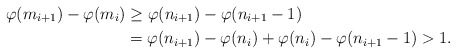
\begin{align*}\varphi(m_{i+1}) - \varphi(m_{i}) &\ge \varphi(n_{i+1}) - \varphi(n_{i+1}-1) \\&= \varphi(n_{i+1}) -\varphi(n_i)+\varphi(n_i) - \varphi(n_{i+1}-1)> 1. \end{align*}